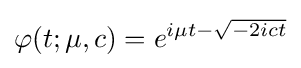
\varphi (t;\mu ,c)=e^{i\mu t-{\sqrt {-2ict}}}